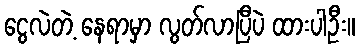
ငွေလဲတဲ့ နေရာမှာ လွတ်လာပြီပဲ ထားပါဦး။